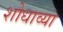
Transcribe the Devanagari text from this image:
शोधाव्या